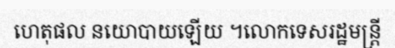
ហេតុផល នយោបាយឡើយ ។លោកទេសរដ្ឋមន្ត្រី